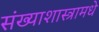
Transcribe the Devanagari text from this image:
संख्याशास्त्रामधे